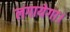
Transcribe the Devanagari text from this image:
लगायेगा।